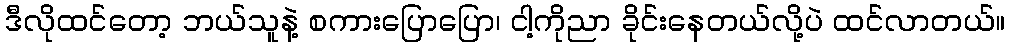
ဒီလိုထင်တော့ ဘယ်သူနဲ့ စကားပြောပြော၊ ငါ့ကိုညာ ခိုင်းနေတယ်လို့ပဲ ထင်လာတယ်။